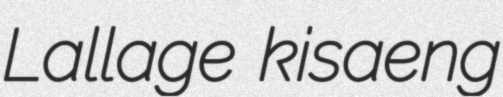
Lallage kisaeng